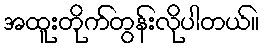
အထူးတိုက်တွန်းလိုပါတယ်။